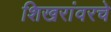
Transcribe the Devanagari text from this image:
शिखरांवरचे